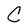
Character: C